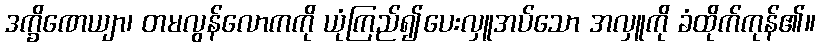
ဒက္ခိဏေယျာ၊ တမလွန်လောကကို ယုံကြည်၍ပေးလှူအပ်သော အလှူကို ခံထိုက်ကုန်၏။